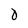
Character: O